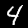
Label: 4